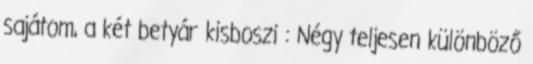
sajátom, a két betyár kisboszi : Négy teljesen különböző